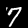
Digit: 7